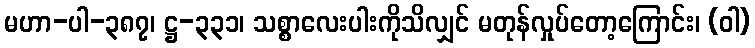
မဟာ-ပါ-၃၈၇၊ ဋ္ဌ-၃၃၁၊ သစ္စာလေးပါးကိုသိလျှင် မတုန်လှုပ်တော့ကြောင်း၊ (ဝါ)